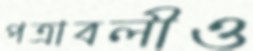
পত্রাবলীও